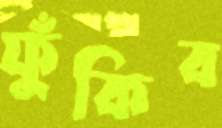
ফুঁকিব